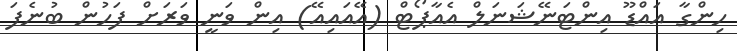
ހިންގާ އައްޑޫ އިންޓަނޭޝަނަލް އެއާޕޯޓް (އޭއައިއޭ) އިން ވަނީ ވަރަށް ފަހުން ބުނެފަ